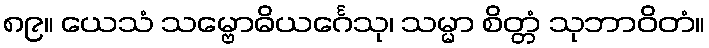
၈၉။ ယေသံ သမ္ဗောဓိယင်္ဂေသု၊ သမ္မာ စိတ္တံ သုဘာဝိတံ။